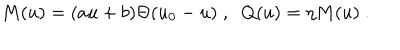
M ( u ) = ( a u + b ) \Theta ( u _ { 0 } - u ) \; , \; \; Q ( u ) = \eta M ( u ) \; .